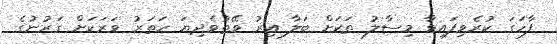
ފާހަގަ ކުރެވިފައިވާ މިސާލު ތަކަށް ބަލާ އިރު ވޭތުވެދިޔަ ހަތަރު ވަރަކަށް ގަރުނުގެ